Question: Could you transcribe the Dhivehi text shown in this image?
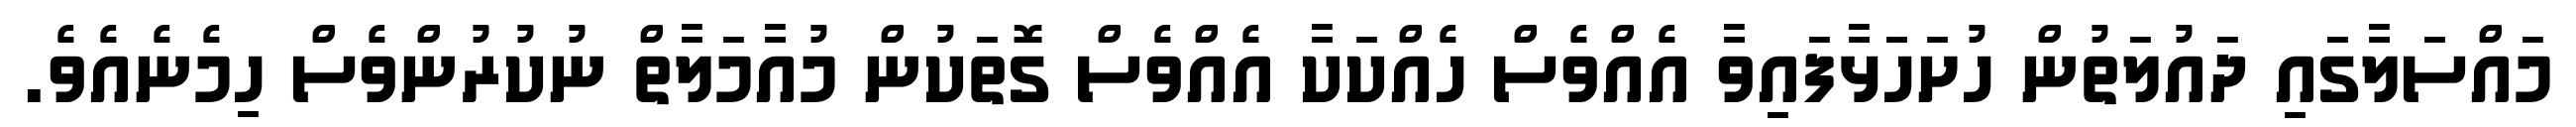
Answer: މައްސަލާގައި ދައުލަތުން ހުށަހަޅާފައިވާ އެއްވެސް ހެއްކަކާ އެއްވެސް ގޮތަކުން މުއާމަލާތް ނުކުރުންވެސް ހިމެނެއެވެ.